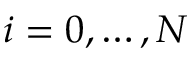
i = 0 , \dots , N